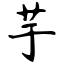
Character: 芋